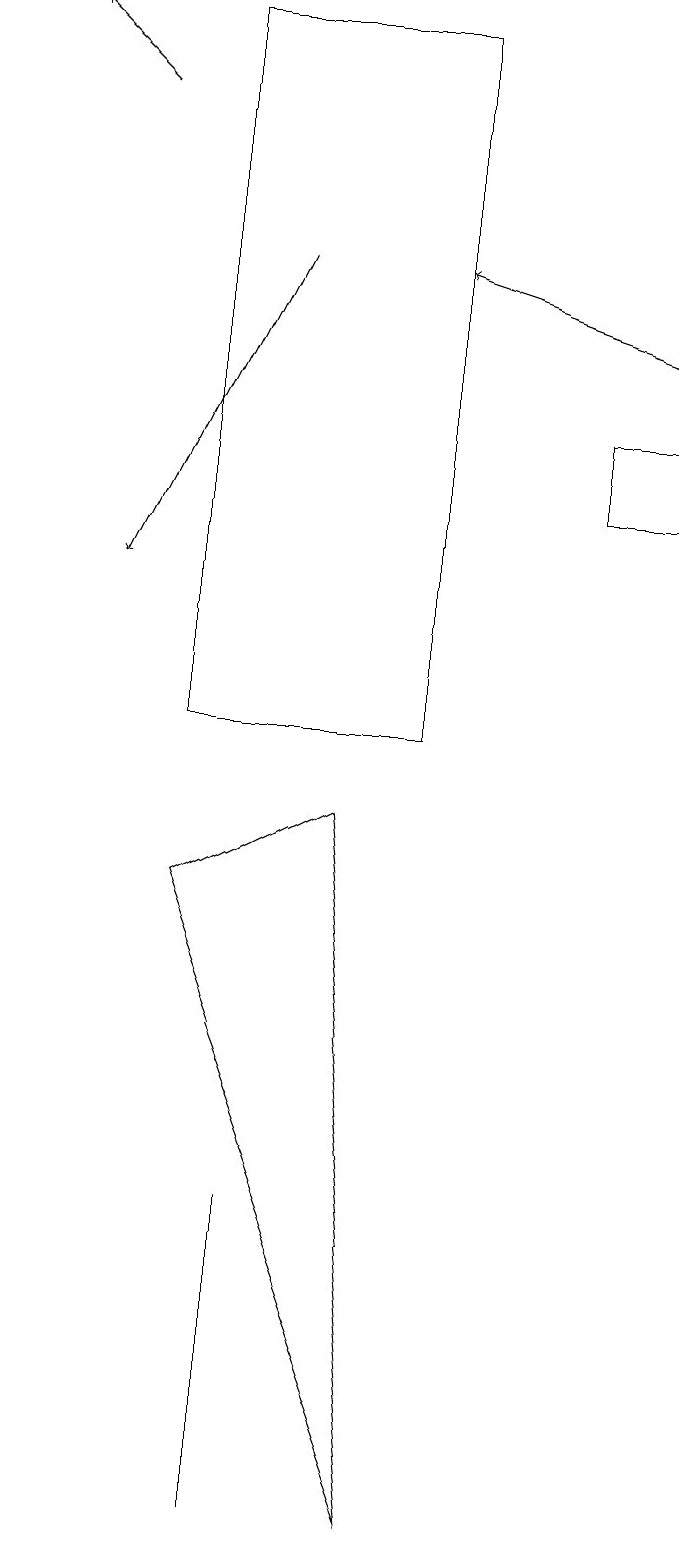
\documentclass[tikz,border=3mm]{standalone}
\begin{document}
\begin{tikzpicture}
\draw (8,14) rectangle (7,13);
\draw (3,4) -- (3,0) -- (3,2) -- cycle;
\draw[->] (3,16) -- (1,12);
\draw (4,9) -- (2,8) -- (5,0) -- cycle;
\draw[->] (8,15) -- (5,16);
\draw[->] (1,18) -- (0,19);
\draw (2,10) rectangle (5,19);
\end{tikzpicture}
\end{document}